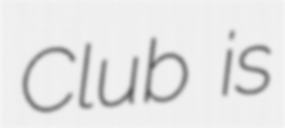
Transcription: Club is